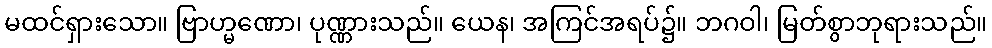
မထင်ရှားသော။ ဗြာဟ္မဏော၊ ပုဏ္ဏားသည်။ ယေန၊ အကြင်အရပ်၌။ ဘဂဝါ၊ မြတ်စွာဘုရားသည်။